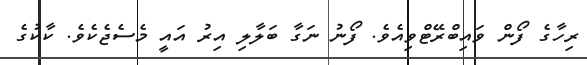
ރިހާގެ ފޯން ވައިބްރޭޓްވިއެވެ. ފޯނު ނަގާ ބަލާލި އިރު އައީ މެސެޖެކެވެ. ކާކުގެ